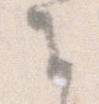
に